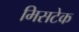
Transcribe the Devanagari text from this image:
मिसटेक